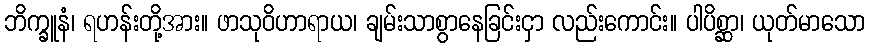
ဘိက္ခူနံ၊ ရဟန်းတို့အား။ ဖာသုဝိဟာရာယ၊ ချမ်းသာစွာနေခြင်းငှာ လည်းကောင်း။ ပါပိစ္ဆာ၊ ယုတ်မာသော